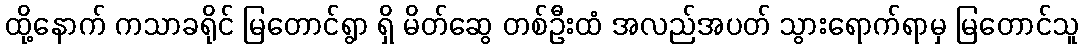
ထို့နောက် ကသာခရိုင် မြတောင်ရွာ ရှိ မိတ်ဆွေ တစ်ဦးထံ အလည်အပတ် သွားရောက်ရာမှ မြတောင်သူ